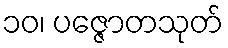
၁၀၊ ပဇ္ဇောတသုတ်